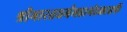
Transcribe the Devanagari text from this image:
श्रीभारतधर्ममहामंडळातर्फे